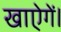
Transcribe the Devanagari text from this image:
खाऐगें।